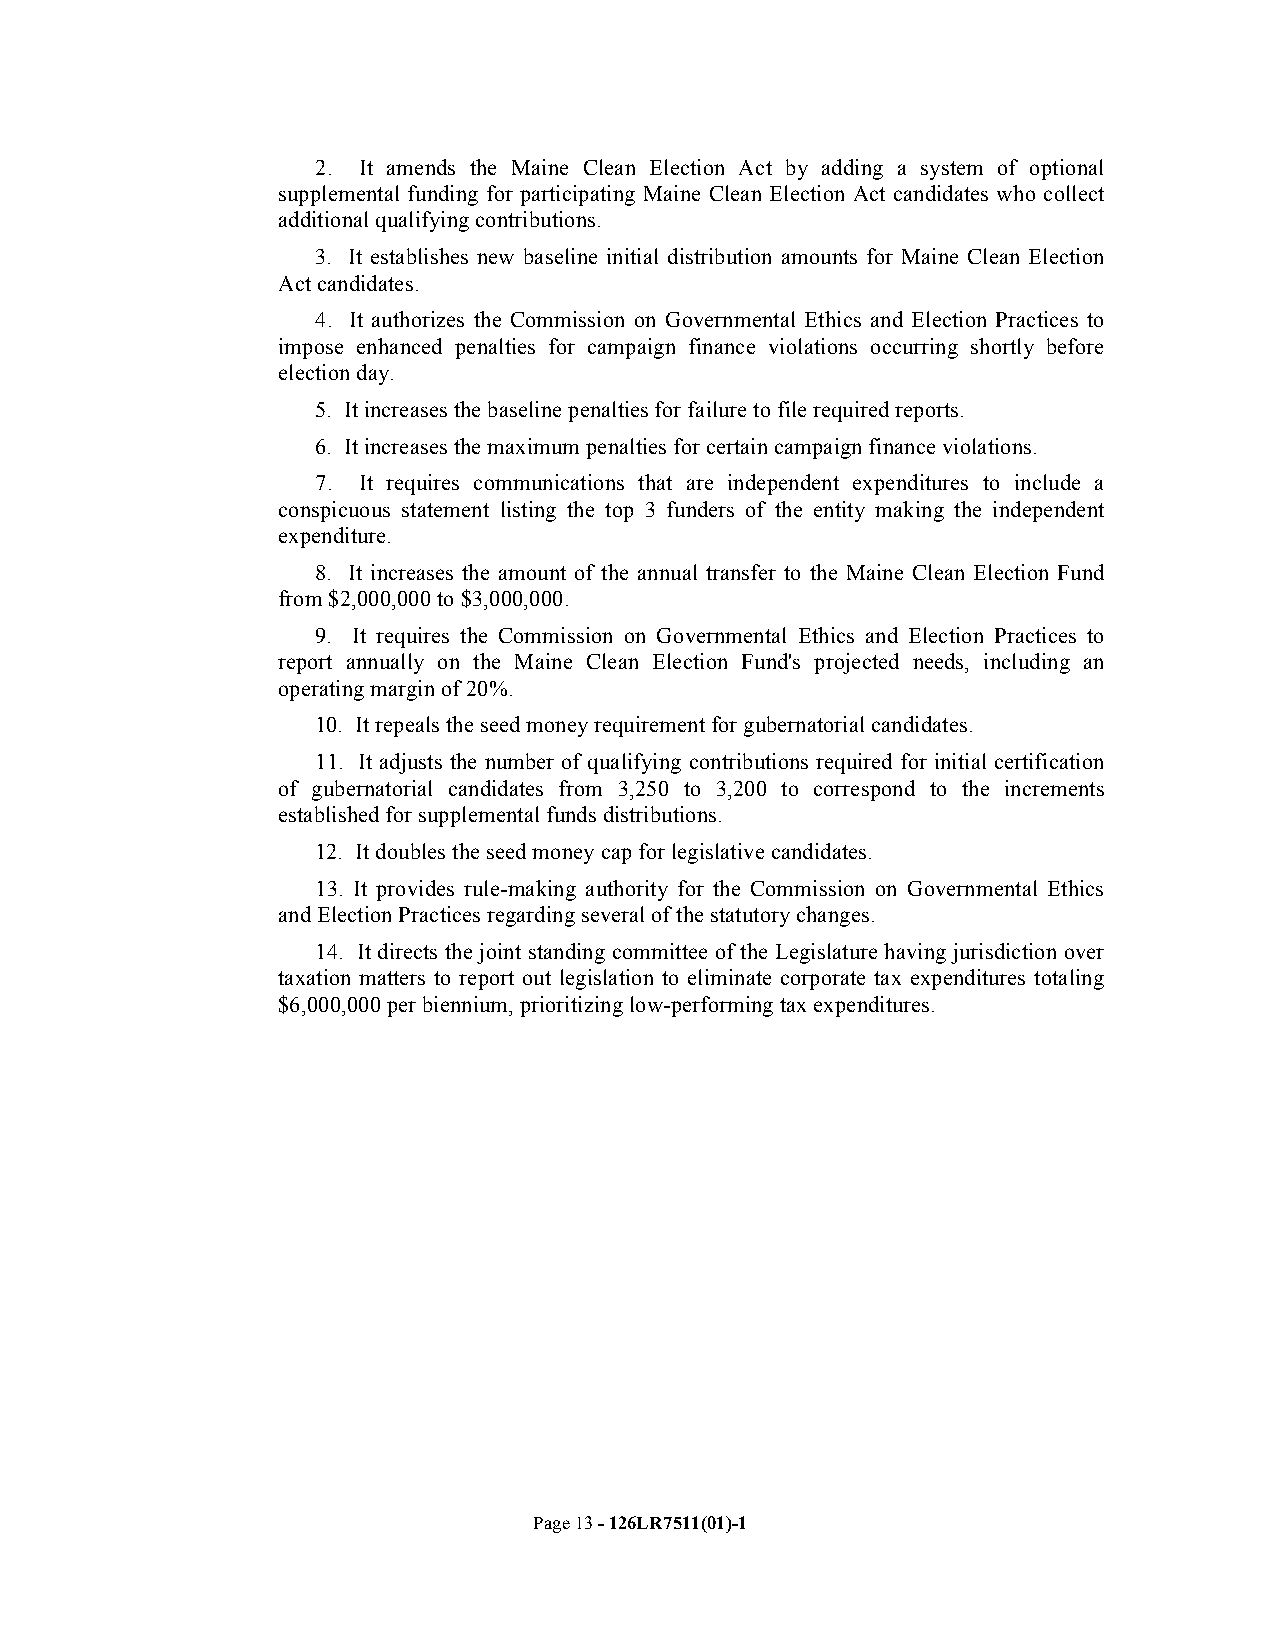
2. It amends the Maine Clean Election Act by adding a system of optional
 supplemental funding for participating Maine Clean Election Act candidates who collect
 additional qualifying contributions.
 3. It establishes new baseline initial distribution amounts for Maine Clean Election
 Act candidates.
 4. It authorizes the Commission on Governmental Ethics and Election Practices to
 impose enhanced penalties for campaign finance violations occurring shortly before
 election day.
 5. It increases the baseline penalties for failure to file required reports.
 6. It increases the maximum penalties for certain campaign finance violations.
 7. It requires communications that are independent expenditures to include a
 conspicuous statement listing the top 3 funders of the entity making the independent
 expenditure.
 8. It increases the amount of the annual transfer to the Maine Clean Election Fund
 from $2,000,000 to $3,000,000.
 9. It requires the Commission on Governmental Ethics and Election Practices to
 report annually on the Maine Clean Election Fund's projected needs, including an
 operating margin of 20%.
 10. It repeals the seed money requirement for gubernatorial candidates.
 11. It adjusts the number of qualifying contributions required for initial certification
 of gubernatorial candidates from 3,250 to 3,200 to correspond to the increments
 established for supplemental funds distributions.
 12. It doubles the seed money cap for legislative candidates.
 13. It provides rule-making authority for the Commission on Governmental Ethics
 and Election Practices regarding several of the statutory changes.
 14. It directs the joint standing committee of the Legislature having jurisdiction over
 taxation matters to report out legislation to eliminate corporate tax expenditures totaling
 $6,000,000 per biennium, prioritizing low-performing tax expenditures.
 Page 13 - 126LR7511(01)-1